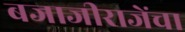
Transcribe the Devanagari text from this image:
बजाजीराजेंचा